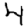
Digit: 4